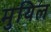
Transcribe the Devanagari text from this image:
मुयिल